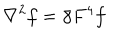
\nabla ^ { 2 } f = \bar { \gamma } F ^ { 4 } f \; \;